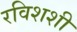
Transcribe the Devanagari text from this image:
रविशशी